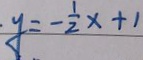
y = - \frac { 1 } { 2 } x + 1